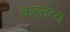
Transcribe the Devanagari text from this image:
कर्त्‍तव्‍य